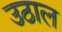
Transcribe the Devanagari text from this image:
उठाल